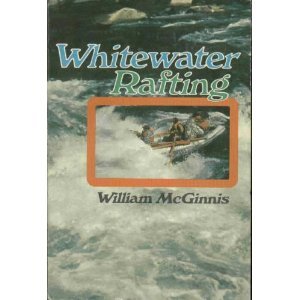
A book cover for Whitewater Rafting; William McGinnis; Sports & Outdoors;